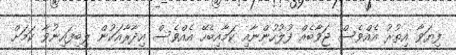
ފިޔަވާ އިތުރު އެއްވެސް ޖަވާބެއް ފުލުހުންނާއި ކަމާއިބެހޭ އެއްވެސް އިދާރާއަކުން ލިބިފައިނުވާ ކަމަށް